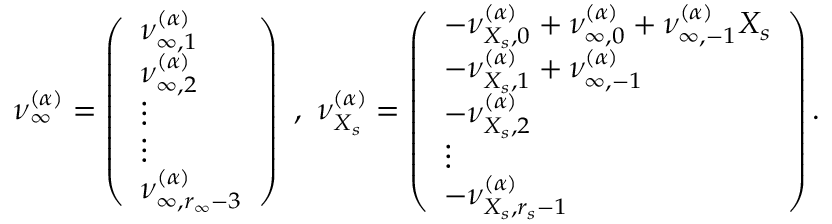
\boldsymbol { \nu } _ { \infty } ^ { ( \boldsymbol { \alpha } ) } = \left( \begin{array} { l } { \nu _ { \infty , 1 } ^ { ( \boldsymbol { \alpha } ) } } \\ { \nu _ { \infty , 2 } ^ { ( \boldsymbol { \alpha } ) } } \\ { \vdots } \\ { \vdots } \\ { \nu _ { \infty , r _ { \infty } - 3 } ^ { ( \boldsymbol { \alpha } ) } } \end{array} \right) \, \, , \, \, \boldsymbol { \nu } _ { X _ { s } } ^ { ( \boldsymbol { \alpha } ) } = \left( \begin{array} { l } { - \nu _ { { X _ { s } } , 0 } ^ { ( \boldsymbol { \alpha } ) } + \nu _ { \infty , 0 } ^ { ( \boldsymbol { \alpha } ) } + \nu _ { \infty , - 1 } ^ { ( \boldsymbol { \alpha } ) } X _ { s } } \\ { - \nu _ { { X _ { s } } , 1 } ^ { ( \boldsymbol { \alpha } ) } + \nu _ { \infty , - 1 } ^ { ( \boldsymbol { \alpha } ) } } \\ { - \nu _ { { X _ { s } } , 2 } ^ { ( \boldsymbol { \alpha } ) } } \\ { \vdots } \\ { - \nu _ { { X _ { s } } , r _ { s } - 1 } ^ { ( \boldsymbol { \alpha } ) } } \end{array} \right) .